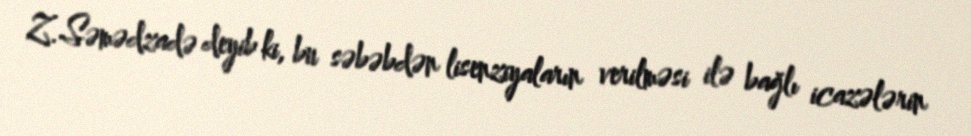
Z.Səmədzadə deyib ki, bu səbəbdən lisenziyaların verilməsi ilə bağlı icazələrin